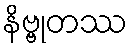
နိဗ္ဗုတဿ